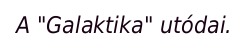
A "Galaktika" utódai.